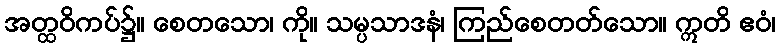
အတ္ထဝိကပ်၌။ စေတသော၊ ကို။ သမ္ပသာဒနံ၊ ကြည်စေတတ်သော။ ဣတိ ဧဝံ၊